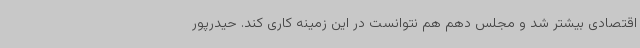
اقتصادی بیشتر شد و مجلس دهم هم نتوانست در این زمینه کاری کند. حیدرپور